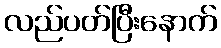
လည်ပတ်ပြီးနောက်